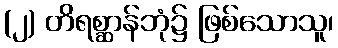
(၂) တိရစ္ဆာန်ဘုံ၌ ဖြစ်သောသူ၊